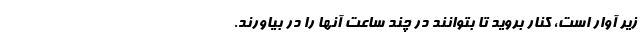
زیر آوار است، کنار بروید تا بتوانند در چند ساعت آنها را در بیاورند.